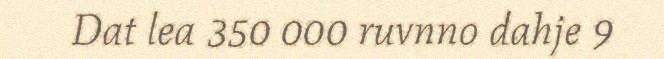
Dat lea 350 000 ruvnno dahje 9